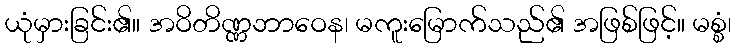
ယုံမှားခြင်း၏။ အဝိတိဏ္ဏဘာဝေန၊ မကူးမြောက်သည်၏ အဖြစ်ဖြင့်။ မစ္စံ၊